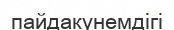
пайдакүнемдігі